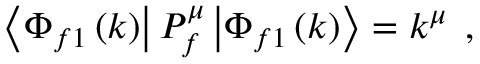
\left\langle \Phi _ { f 1 } \left( k \right) \right| P _ { f } ^ { \mu } \left| \Phi _ { f 1 } \left( k \right) \right\rangle = k ^ { \mu } \; \, ,